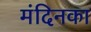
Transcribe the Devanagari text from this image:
मंदिनका